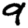
Digit: 9